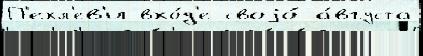
П'ехл'ев'и вхо́д'е своjо́ а́вгуста